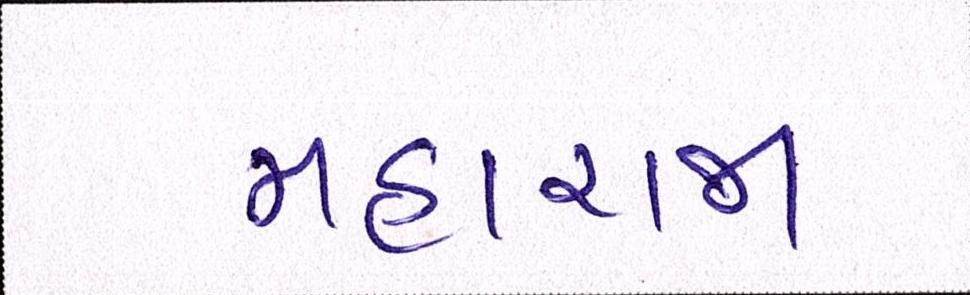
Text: મહારાજા